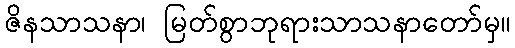
ဇိနသာသနာ၊ မြတ်စွာဘုရားသာသနာတော်မှ။